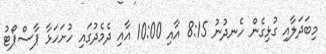
މިބަދަލާއި ގުޅިގެން ހެނދުނު 8:15 އާއި 10:00 އާއި ދެމެދުގައި ހުށަހަޅާ ޕާސްޕޯޓު